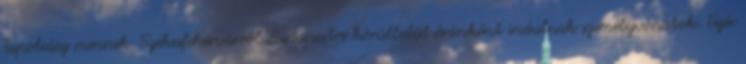
Tapolcáig mennek. Székesfehérvárról Budapestre körülbelül óránként indulnak személyvonatok. Fejér